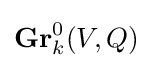
\mathbf {Gr} _{k}^{0}(V,Q)